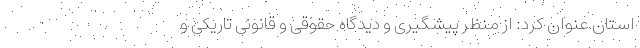
استان عنوان کرد: از منظر پیشگیری و دیدگاه حقوقی و قانونی تاریکی و